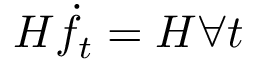
H \dot { f } _ { t } = H \forall t